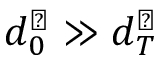
d _ { 0 } ^ { \perp } \gg d _ { T } ^ { \perp }